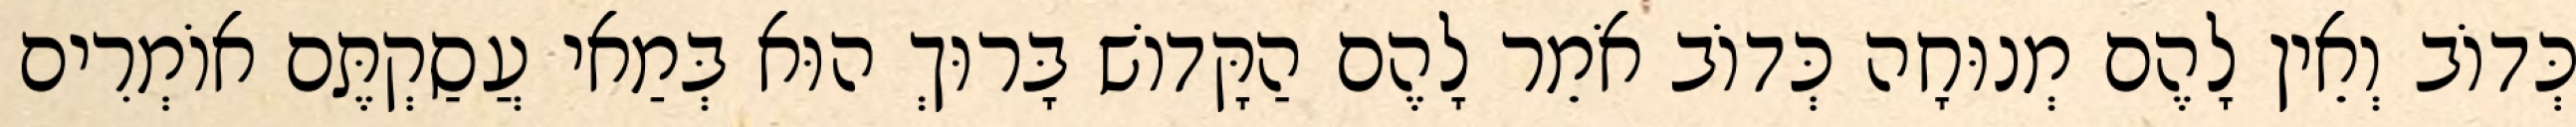
כְּדוֹב וְאֵין לָהֶם מְנוּחָה כְּדוֹב אֹמֵר לָהֶם הַקָּדוֹשׁ בָּרוּךְ הוּא בְּמַאי עֲסַקְתֶּם אוֹמְרִים